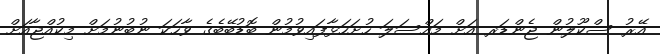
އޭރު ސްކޫލުން ޖެންޑަރ އަށް މައްސަލަ ހުށަހަޅާފައިވުމުން ބޮޑުބޭބެގެ ވާހަކަ ނުބުނުމަށް މިކުއްޖާއަށް